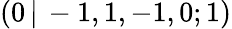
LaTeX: (0\, |\, -1,1,-1,0;1)